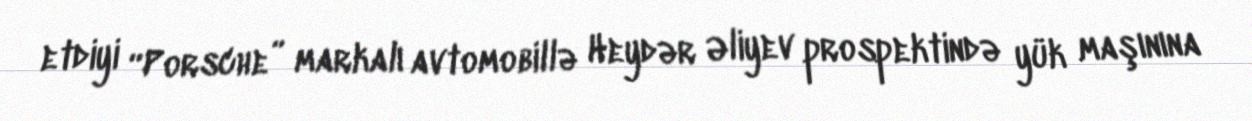
etdiyi “Porsche” markalı avtomobillə Heydər Əliyev prospektində yük maşınına